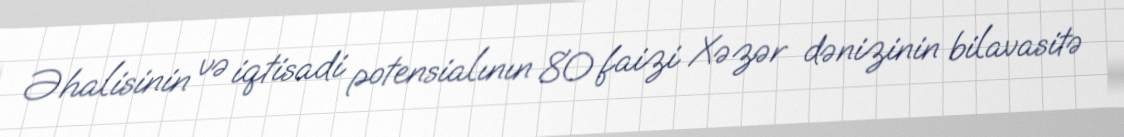
Əhalisinin və iqtisadi potensialının 80 faizi Xəzər dənizinin bilavasitə